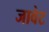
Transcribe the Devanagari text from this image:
जावेट